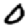
Digit: 0